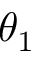
\theta _ { 1 }